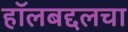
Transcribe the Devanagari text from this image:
हॉलबद्दलचा